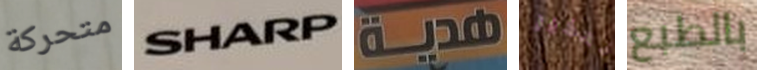
متحركة SHARP هدية تحذير بالطبع